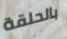
بالحلقة